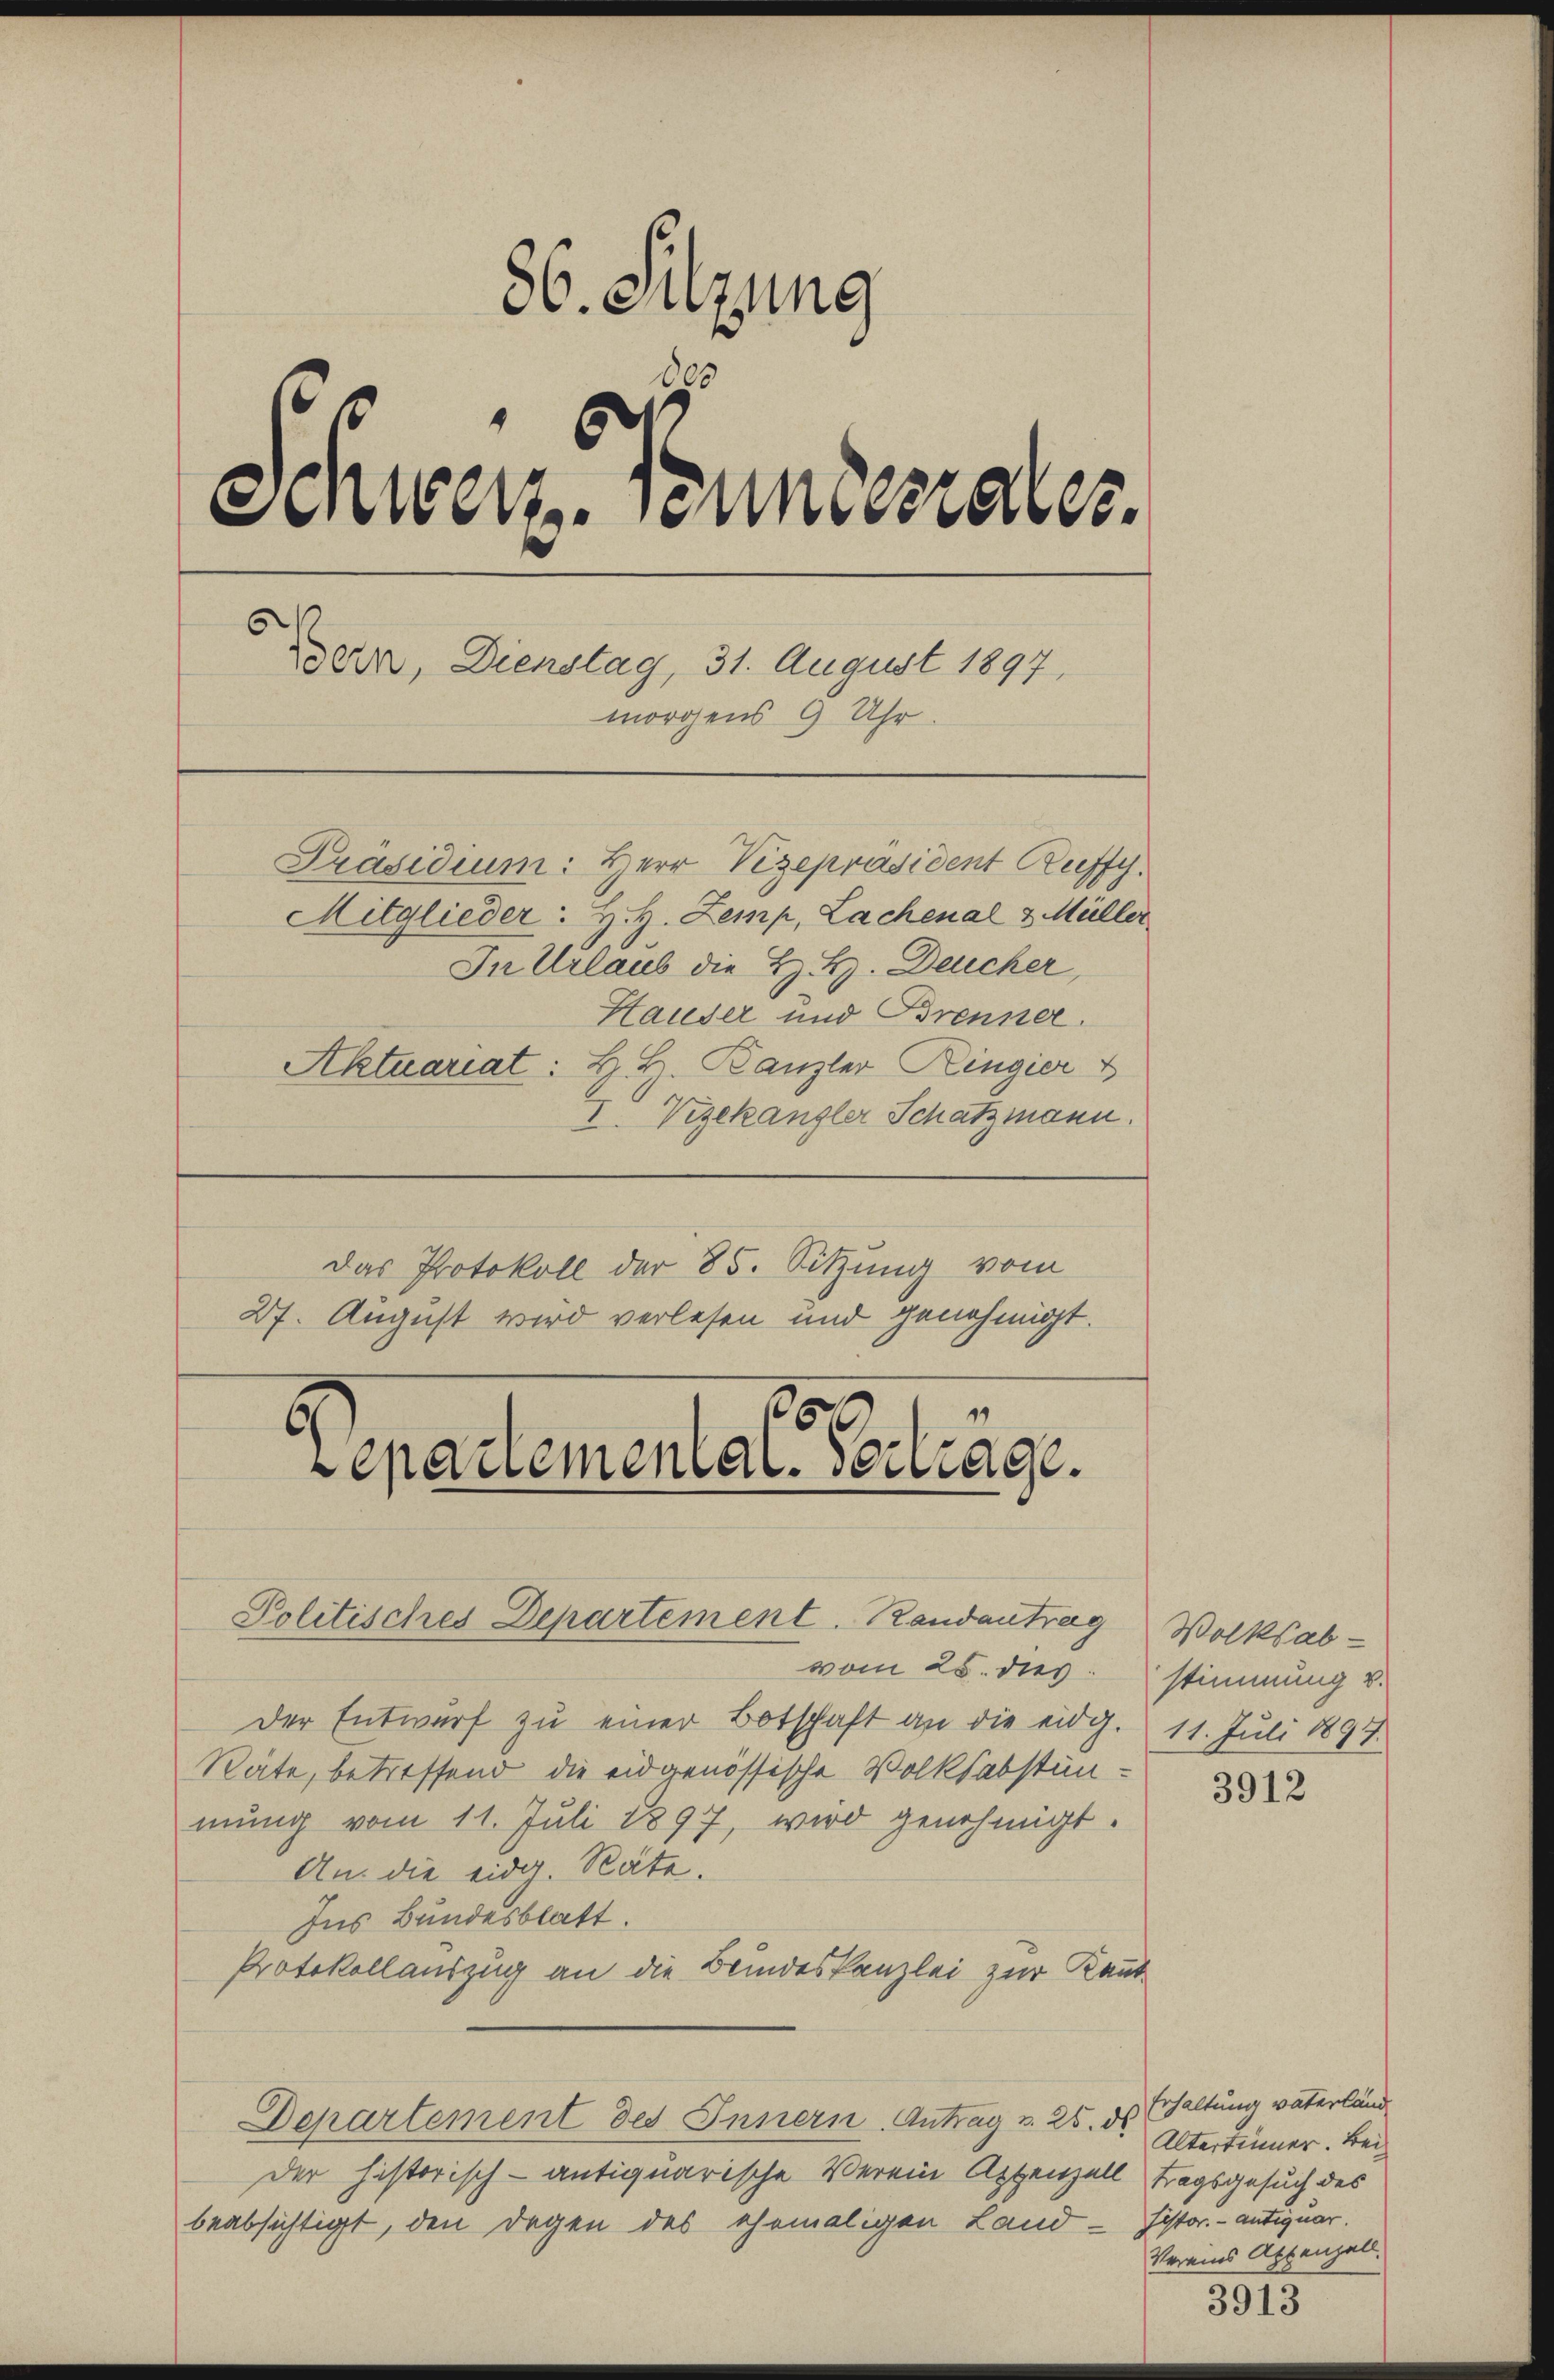
86. Sitzung
70
Schweiz unterrates.
eir, Dienstag, 31. August 1897.
morgens 9 Uhr.
Präsidium: Herr Vizepräsident Ruffy.

Mitglieder: H. H. Zemp, Lachenal & Müller
In Urlaub die H. H. Deucher,
Hauser und Brenner.
Aktuariat: B. L. Kanzler Ringier
I Vizekanzler Schatzmann.
Das Protokoll der 85. Sitzung vom
27. August wird verlesen und genehmigt.
vom 25. dies stimmung v.
Der Entwurf zu einer Botschaft an die eidg. 11. Juli 1897.
Räte, betreffend die eidgenössische Volksabstünmung vom 11. Juli 1897, wird genehmigt.
An die eidg. Räte.
Ins Bundesblatt.
Protokollauszug an die Beindeskanzlei zur Kant
Departement des Innern, Antrag u. 25. ds Erhaltung vaterländ
der historisch-antiquarische Verein Appenzell tragsgesuch des
beabsichtigt, den Degen des ehemaligen Land - Histor. - antiquar.

17
e
Vepauemenial-Vertrage.
Politisches Departement. Randantrag

Volksab¬

3912

Altertinner. Bei
Vereins Appenzell.

3913